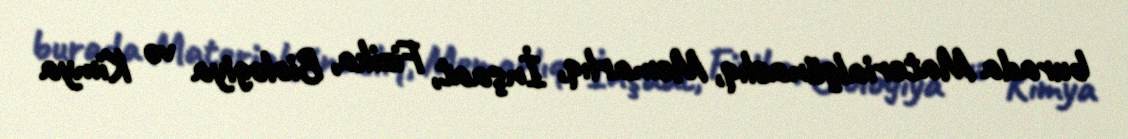
burada Materialşünaslıq, Memarlıq, İnşaat, Fizika, Biologiya və Kimya